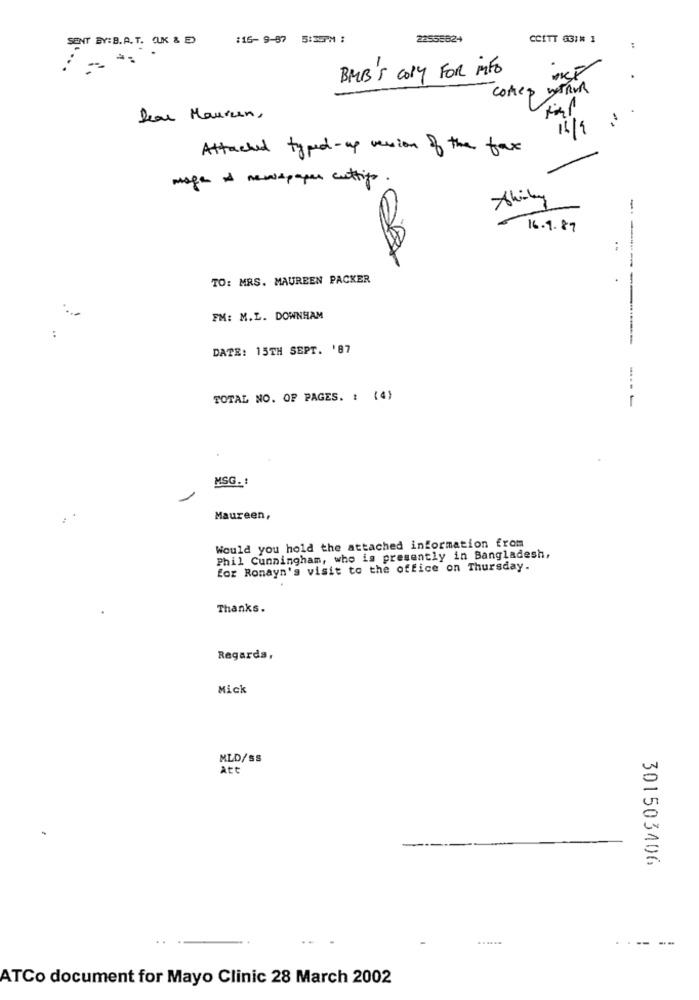
SENT BY:B.A. T. (UK & E)
:16-9-87 5:35PM :
22555824
CCITT G3:# 1
-
BMB'S COPY FOR MED
comes WIRVR
Neu Hausen,
16/9
Attached typed-up version of the fax
maga A newspaper cuttifo
-.
16.9.87
TO: MRS. MAUREEN PACKER
FM: M.L. DOWNHAM
DATE: 15TH SEPT. '87
TOTAL NO. OF PAGES. : (4)
-----
Maureen,
Would you hold the attached information from
Phil Cunningham, who is presently in Bangladesh,
for Ronayn's visit to the office on Thursday.
Thanks.
Regards,
Mick
MLD/SS
att
301503406
--- --
ATCo document for Mayo Clinic 28 March 2002